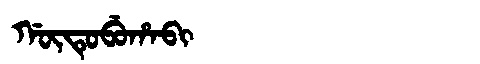
Manchu: ᡤᡡᡨᡠᠪᡠᡥᠠᠪᡳ
Romanization: GŪTUBUHABI